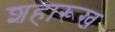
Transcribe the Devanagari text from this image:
शहारूख